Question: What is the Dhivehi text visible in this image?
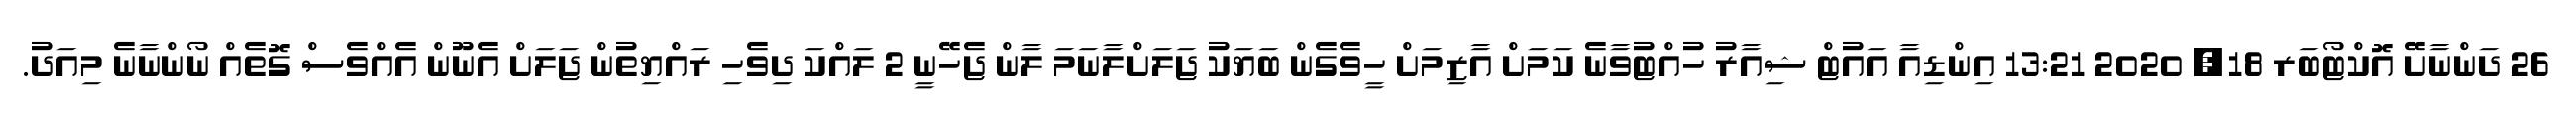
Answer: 26 ދަންނާށޭ އޮކްޓޯބަރ 18, 2020 13:21 އިންޑިއާ އައުޓް ޝިއާރު ހުއްޓުވާނެ ކަމަށް އާޒިމަށް ހީވެގެން ބަޔަކު ޖަލަށްލާނަމަ ލާން ޖެހޭނީ 2 ލައްކަ ދިވެހި ރައްޔިތުން ޖަލަށް އެނޫން އެއްވެސް ގޮތެއް ނޯންނާނެ މިއަދު.